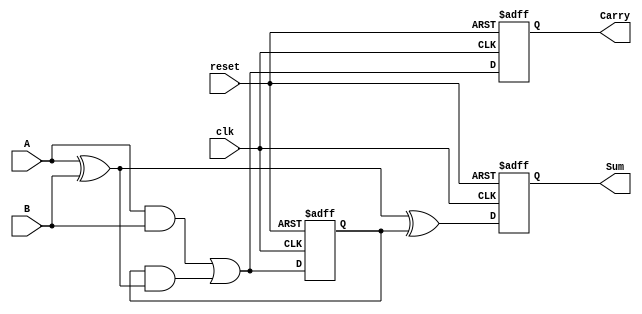
module Sequential_Half_Adder (
    input wire clk,         // Clock input
    input wire reset,       // Asynchronous reset input
    input wire A,          // First input bit
    input wire B,          // Second input bit
    output reg Sum,        // Sum output
    output reg Carry       // Carry output
);

// State register to hold the previous carry value
reg prev_carry;

// Always block to handle the sequential behavior
always @(posedge clk or posedge reset) begin
    if (reset) begin
        // Asynchronous reset: set Sum and Carry to 0
        Sum <= 0;
        Carry <= 0;
        prev_carry <= 0;
    end else begin
        // Calculate the Sum and Carry based on current inputs and previous carry
        Sum <= A ^ B ^ prev_carry;          // Sum is XOR of A, B and previous carry
        Carry <= (A & B) | (prev_carry & (A ^ B)); // Carry is determined by A, B and previous carry
        prev_carry <= (A & B) | (prev_carry & (A ^ B)); // Update previous carry
    end
end

endmodule